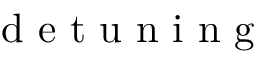
\mathrm { ~ d ~ e ~ t ~ u ~ n ~ i ~ n ~ g ~ }